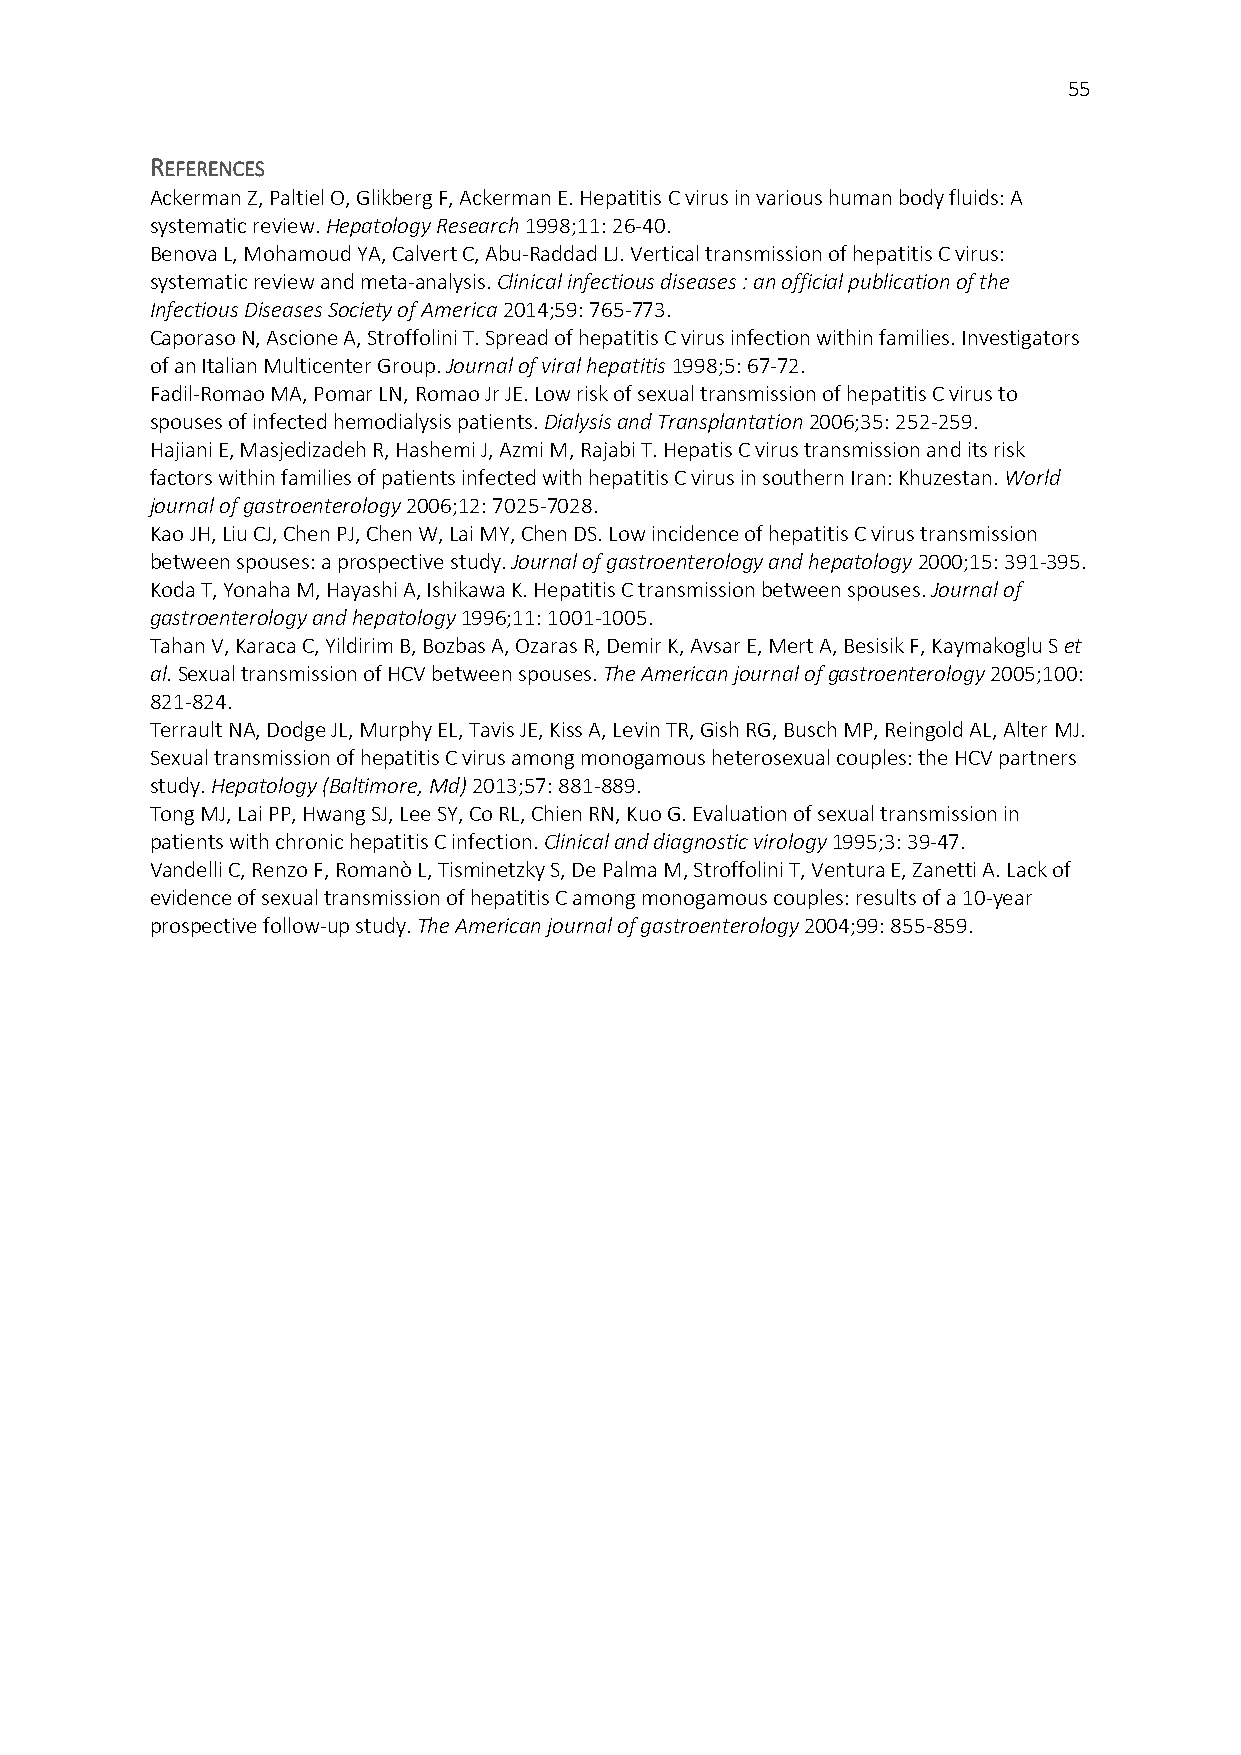
55
 REFERENCES
 Ackerman Z, Paltiel O, Glikberg F, Ackerman E. Hepatitis C virus in various human body fluids: A
 systematic review. Hepatology Research 1998;11: 26-40.
 Benova L, Mohamoud YA, Calvert C, Abu-Raddad LJ. Vertical transmission of hepatitis C virus:
 systematic review and meta-analysis. Clinical infectious diseases : an official publication of the
 Infectious Diseases Society of America 2014;59: 765-773.
 Caporaso N, Ascione A, Stroffolini T. Spread of hepatitis C virus infection within families. Investigators
 of an Italian Multicenter Group. Journal of viral hepatitis 1998;5: 67-72.
 Fadil-Romao MA, Pomar LN, Romao Jr JE. Low risk of sexual transmission of hepatitis C virus to
 spouses of infected hemodialysis patients. Dialysis and Transplantation 2006;35: 252-259.
 Hajiani E, Masjedizadeh R, Hashemi J, Azmi M, Rajabi T. Hepatis C virus transmission and its risk
 factors within families of patients infected with hepatitis C virus in southern Iran: Khuzestan. World
 journal of gastroenterology 2006;12: 7025-7028.
 Kao JH, Liu CJ, Chen PJ, Chen W, Lai MY, Chen DS. Low incidence of hepatitis C virus transmission
 between spouses: a prospective study. Journal of gastroenterology and hepatology 2000;15: 391-395.
 Koda T, Yonaha M, Hayashi A, Ishikawa K. Hepatitis C transmission between spouses. Journal of
 gastroenterology and hepatology 1996;11: 1001-1005.
 Tahan V, Karaca C, Yildirim B, Bozbas A, Ozaras R, Demir K, Avsar E, Mert A, Besisik F, Kaymakoglu S et
 al. Sexual transmission of HCV between spouses. The American journal of gastroenterology 2005;100:
 821-824.
 Terrault NA, Dodge JL, Murphy EL, Tavis JE, Kiss A, Levin TR, Gish RG, Busch MP, Reingold AL, Alter MJ.
 Sexual transmission of hepatitis C virus among monogamous heterosexual couples: the HCV partners
 study. Hepatology (Baltimore, Md) 2013;57: 881-889.
 Tong MJ, Lai PP, Hwang SJ, Lee SY, Co RL, Chien RN, Kuo G. Evaluation of sexual transmission in
 patients with chronic hepatitis C infection. Clinical and diagnostic virology 1995;3: 39-47.
 Vandelli C, Renzo F, Romanò L, Tisminetzky S, De Palma M, Stroffolini T, Ventura E, Zanetti A. Lack of
 evidence of sexual transmission of hepatitis C among monogamous couples: results of a 10-year
 prospective follow-up study. The American journal of gastroenterology 2004;99: 855-859.